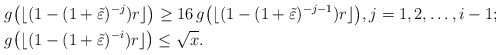
\begin{align*}& g\big(\lfloor(1-(1+\tilde\varepsilon)^{-j})r\rfloor\big)\geq 16\,g\big(\lfloor(1-(1+\tilde\varepsilon)^{-j-1})r\rfloor\big),j=1,2,\dots,i-1;\\& g\big(\lfloor(1-(1+\tilde\varepsilon)^{-i})r\rfloor\big)\leq \sqrt{x}.\end{align*}